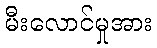
မီးလောင်မှုအား